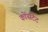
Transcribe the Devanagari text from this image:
कोंसटेंट